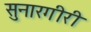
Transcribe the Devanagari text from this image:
सुनारगीरी